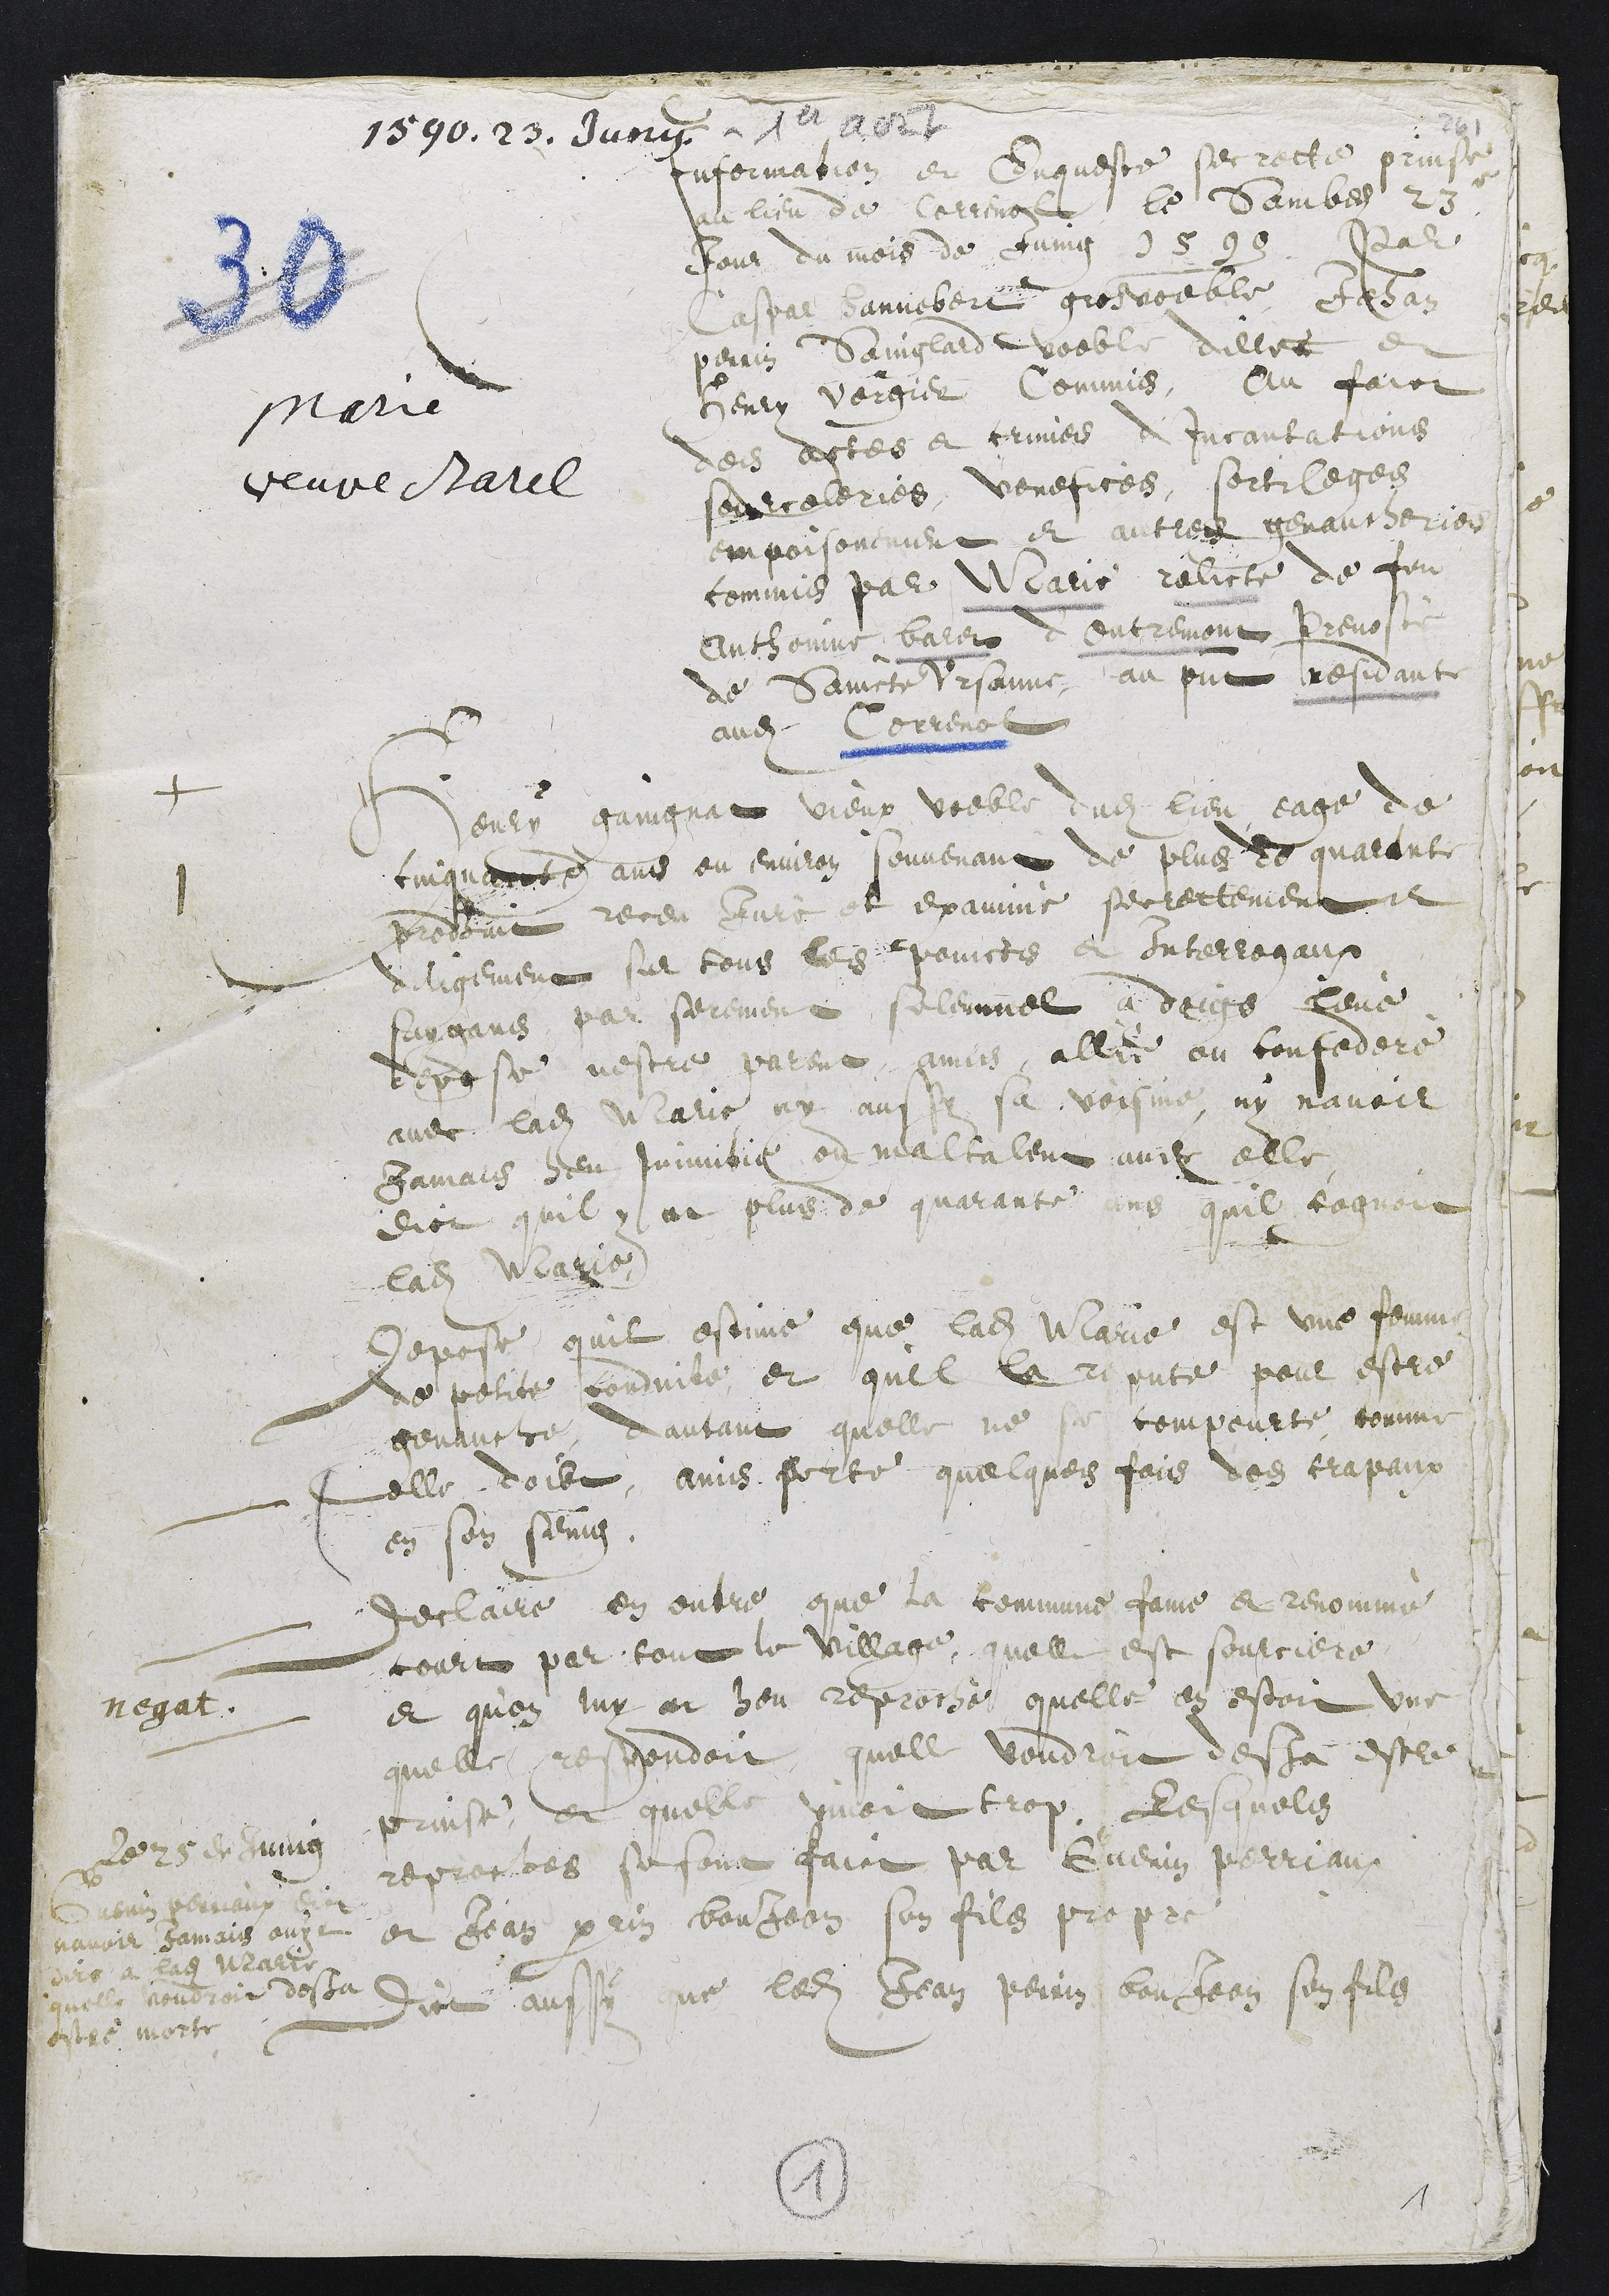
1590 . 23 . Juny
Marie
veuve Barel
Information et enqueste secrette prinse
au lieu de Correnol le sambedi 23e
jour du mois de Juing 1590. Par
Caspar Hannebert gros voeble Jehan
Perrin Sainglard voeble dillec et
Henry Vergier Commis, Au faict
des actes et crimes d’Incantations
sourcelleries, venefices, sortileges
empoisonnement et autres genaucheries
commis par Marie relicte de feu
Anthoine Baret d’Oultremont prevosté
de Saincte Ursanne, au present residant
audit Correnol
+
1 Henry Gaingnat vieux voeble dudit lieu eage de
cinquante ans ou environ souvenant de plus de quarante
prodhuit receu Juré et examiné secrettement et
diligement sur tous les poincts et Interrogaux
suygans par serement solemnel a doigs levé
depose n’estre parent amis, allié ou confederé
avec ladite Marie ny aussy sa voisine, ny navoir
Jamais heu Inimitie ou maltalent  avec elle
dict quil y at plus de quarante ans quil cognoit
ladite Marie.
Depose quil estime que ladite Marie est une femme
de petite conduite et quil la repute pour estre
genauche, dautant quelle ne se compourte comme
elle doibt, ains porte quelques fois des crapaux
en son seing.
Declaire en outre que la commune fame et renommé
court par tout le village quelle est sourciere
et qu’on luy at heu reproché quelle en estoit une
negat.
quelle respondoit quelle voudroit desja estre
prinse et quelle vivoit trop. Lesquels
reproches se sont faict par Guenin Perriaux
et Jean Perrin Bonjean son fils propre
Dict aussy que ledit Jean Perrin Bonjean son fils
Le 25 de juing
Guenin Periaux dict
Navoir Jamais ouyt
Dire a ladite Marie
Quelle voudroit desja
Estre morte